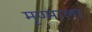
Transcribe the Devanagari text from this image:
मृण्माला